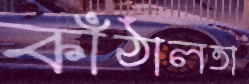
কাঁঠালতা